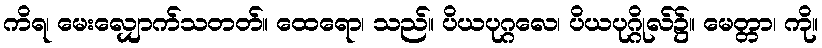
ကိရ၊ မေးလျှောက်သတတ်။ ထေရော၊ သည်။ ပိယပုဂ္ဂလေ၊ ပိယပုဂ္ဂိုလ်၌။ မေတ္တာ၊ ကို။